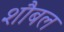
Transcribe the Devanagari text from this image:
शौबल